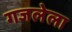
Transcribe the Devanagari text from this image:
गजलेला